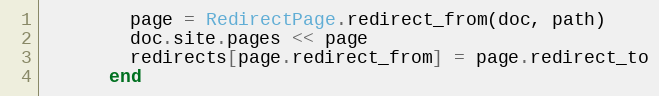
Language: Ruby
        page = RedirectPage.redirect_from(doc, path)
        doc.site.pages << page
        redirects[page.redirect_from] = page.redirect_to
      end